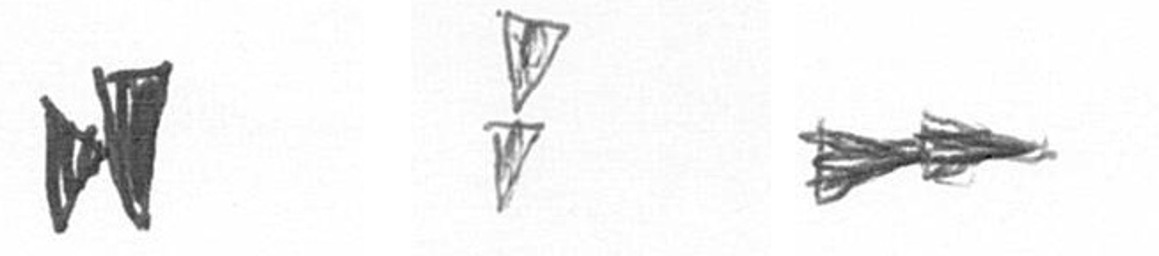
M Z A